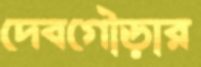
দেবগৌড়ার